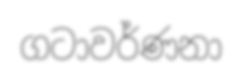
ගටාවර්ණනා